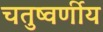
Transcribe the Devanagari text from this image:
चतुष्वर्णीय